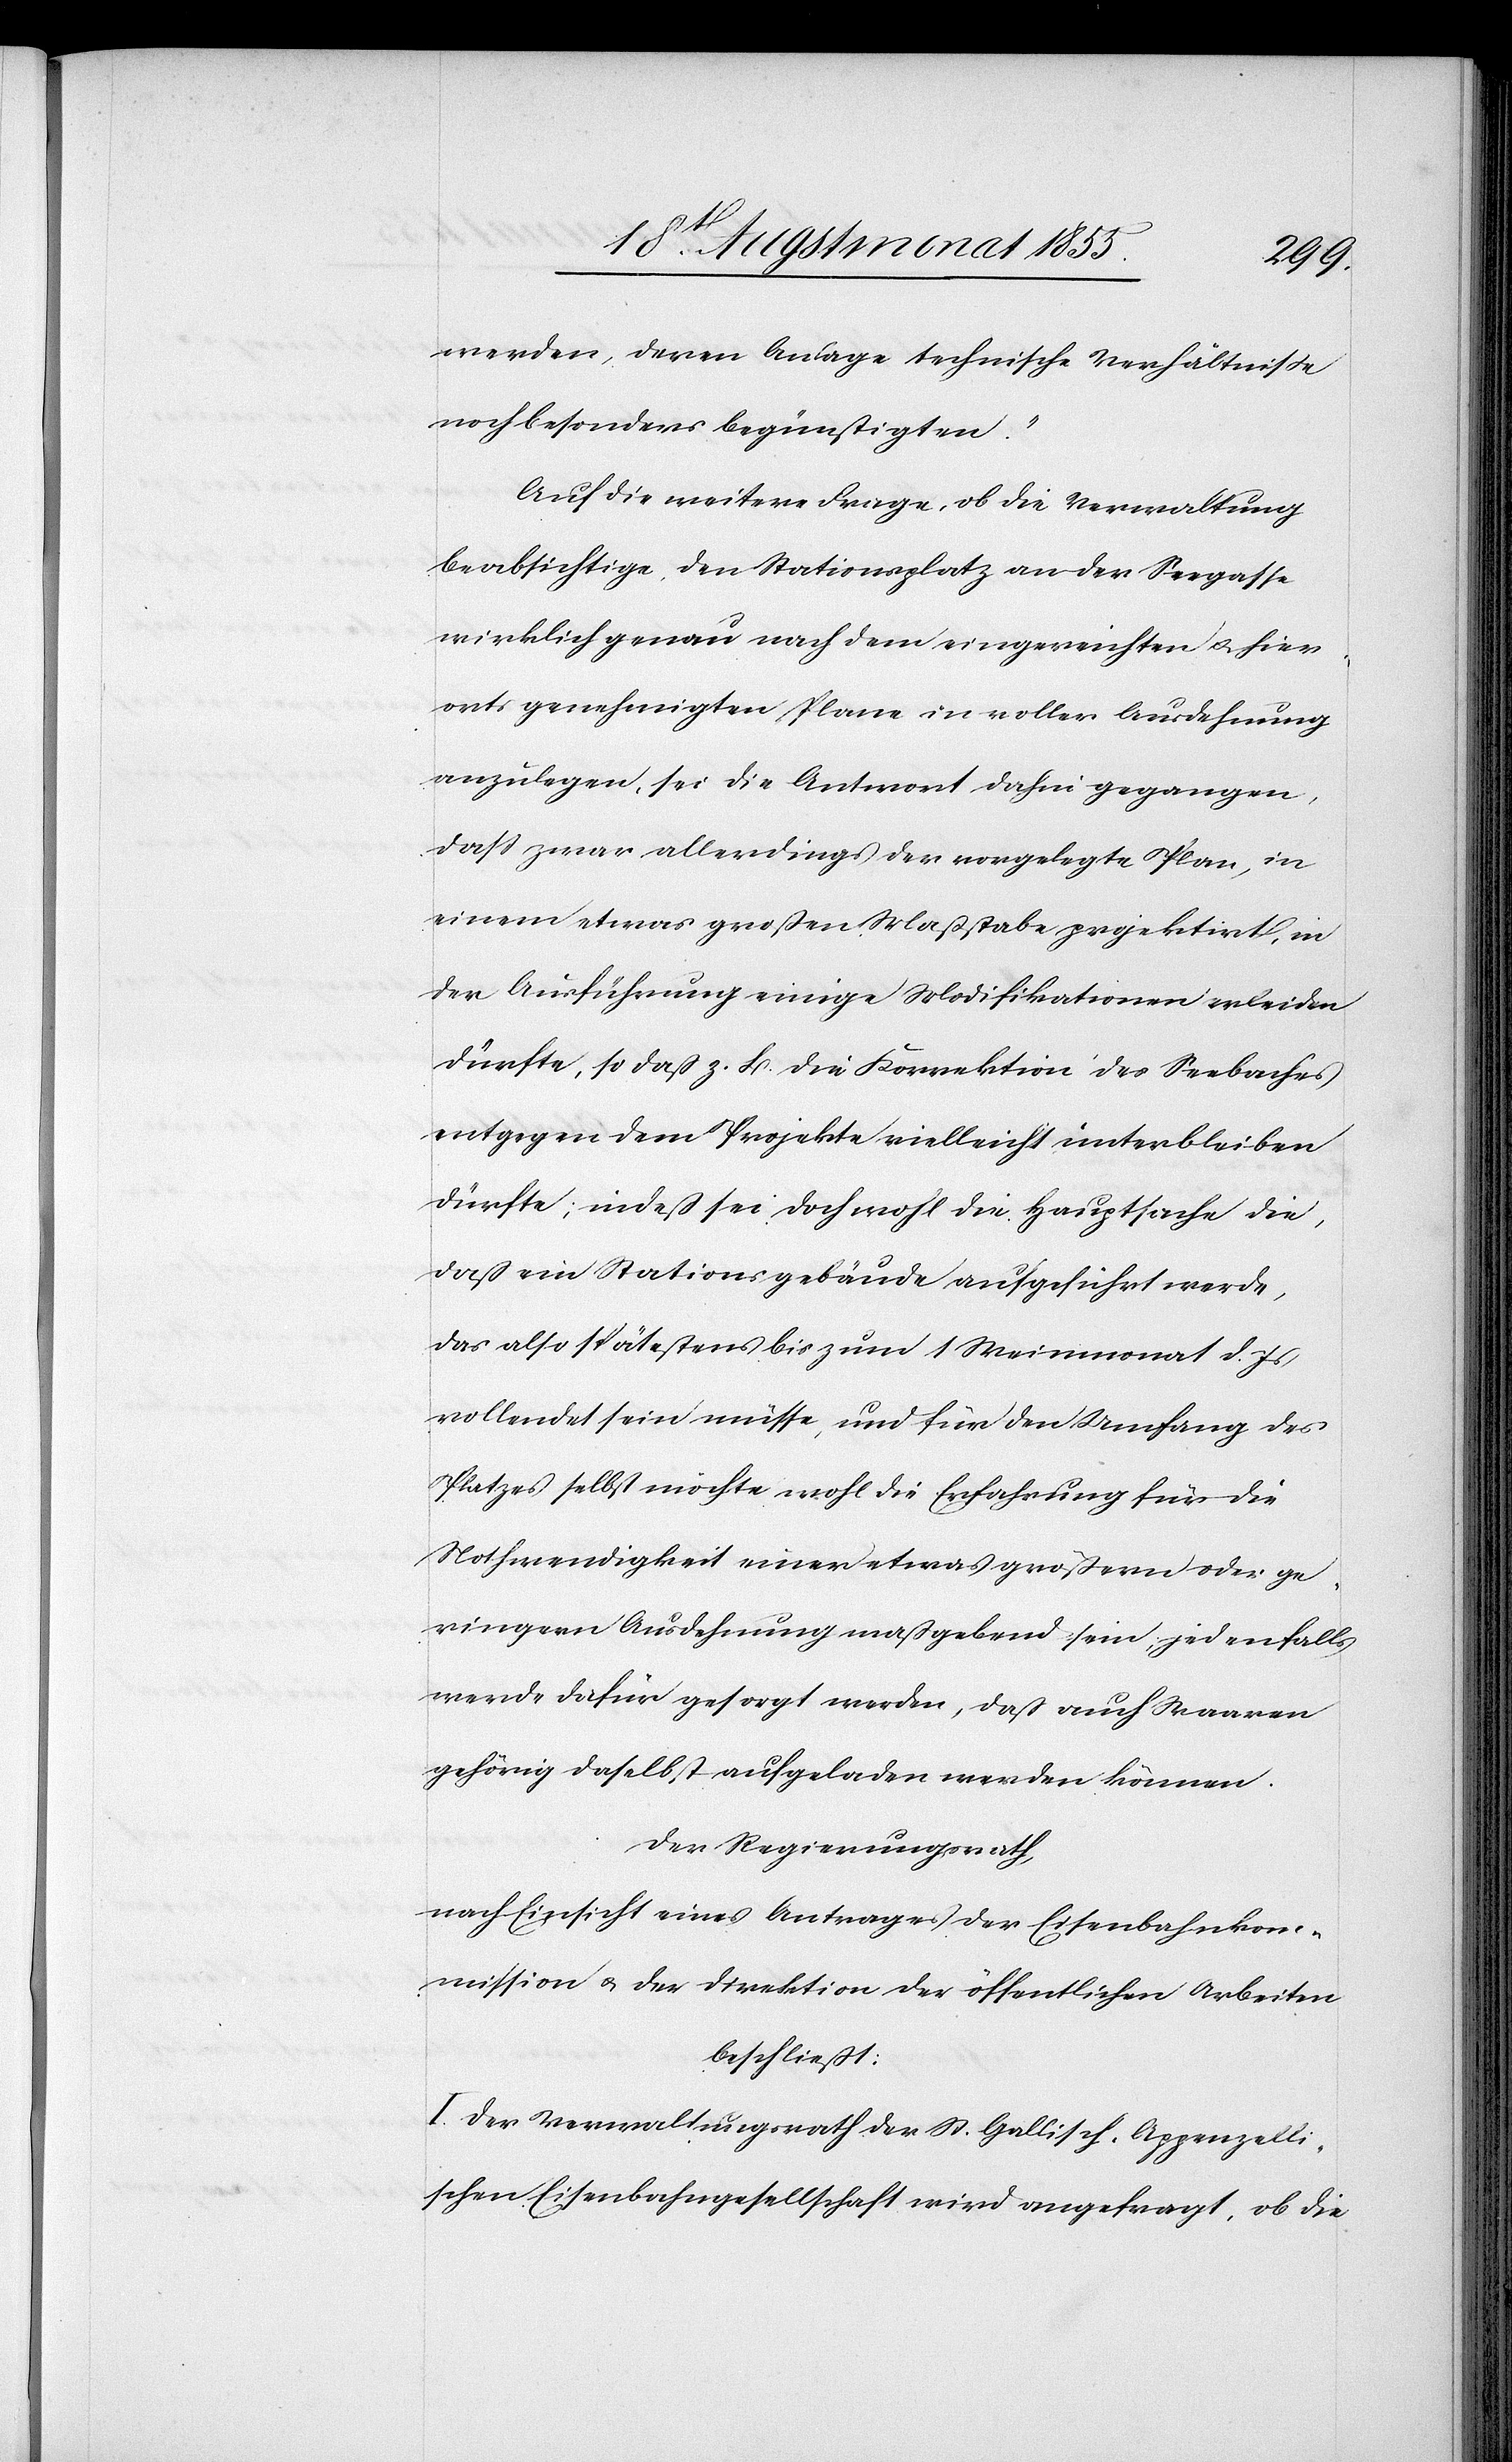
werden, deren Anlage technische Verhältniße
noch besonders begünstigten.“
Auf die weitere Frage, ob die Verwaltung
beabsichtige, den Stationsplatz an der Seegasse
wirklich genau nach dem eingereichten & hier¬
orts genehmigten Plane in voller Ausdehnung
anzulegen, sei die Antwort dahin gegangen,
dass zwar allerdings der vorgelegte Plan, in
einem etwas großen Maßstabe projektirt, in
der Ausführung einige Modifikationen erleiden
dürfte, so daß z. B. die Korrektion des Seebaches
entgegen dem Projekte vielleicht unterbleiben
dürfte; indeß sei doch wohl die Hauptsache die,
daß ein Stationsgebäude aufgeführt werde,
das also spätestens bis zum 1 Weinmonat d. Js
vollendet sein müsse, und für den Umfang des
Platzes selbst möchte wohl die Erfahrung für die
Nothwendigkeit einer etwas größern oder ge¬
ringern Ausdehnung maßgebend sein, jedenfalls
werde dafür gesorgt werden, daß auch Waaren
gehörig daselbst aufgeladen werden können.
Der Regierungsrath,
nach Einsicht eines Antrages der Eisenbahnkom¬
mission & der Direktion der öffentlichen Arbeiten
beschließt:
I. Der Verwaltungsrath der St. Gallisch-Appenzelli¬
schen Eisenbahngesellschaft wird angefragt, ob die